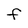
Character: F